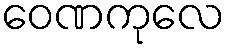
ဝေဏကုလေ